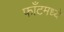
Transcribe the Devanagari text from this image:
फाँटमध्ये